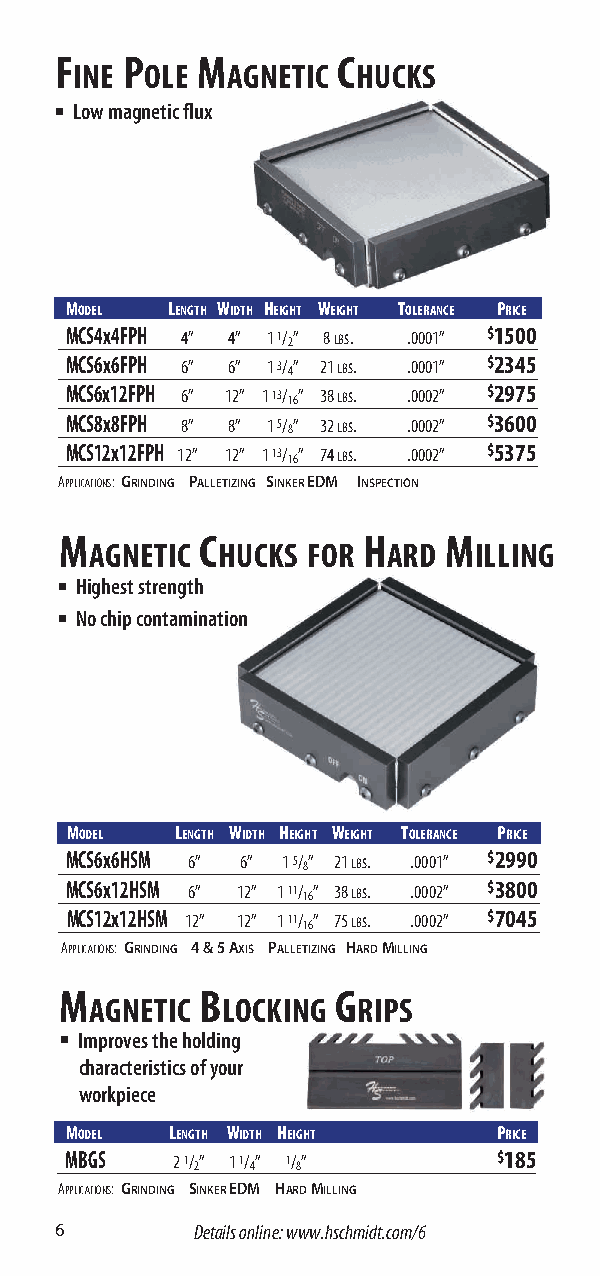
F   P    M        C
 INE  OLE  AGNETIC  HUCKS
 ■ Low magnetic flux
 MODEL  LENGTH WIDTH HEIGHT WEIGHT TOLERANCE PRICE
 MCS4x4FPH 4” 4” 1 1/ 2” 8 lbs. .0001” $1500
 MCS6x6FPH 6” 6” 1 3/ 4” 21 lbs. .0001” $2345
 MCS6x12FPH 6” 12” 1 13/ 16” 38 lbs. .0002” $2975
 MCS8x8FPH 8” 8” 1 5/ 8” 32 lbs. .0002” $3600
 MCS12x12FPH 12” 12” 1 13/ 16” 74 lbs. .0002” $5375
 APPLICATIONS: GRINDING PALLETIZING SINKER EDM INSPECTION
 M        C          H    M
 AGNETIC HUCKS FOR   ARD  ILLING
 ■ Highest strength
 ■ No chip contamination
 MODEL   LENGTH WIDTH HEIGHT WEIGHT TOLERANCE PRICE
 MCS6x6HSM 6” 6” 1 5/ 8” 21 lbs. .0001” $2990
 MCS6x12HSM 6” 12” 1 11/ 16” 38 lbs. .0002” $3800
 MCS12x12HSM 12” 12” 1 11/ 16” 75 lbs. .0002” $7045
 APPLICATIONS: GRINDING 4 & 5 AXIS PALLETIZING HARD MILLING
 M        B        G
 AGNETIC  LOCKING  RIPS
 ■ Improves the holding
 characteristics of your
 workpiece
 MODEL  LENGTH WIDTH HEIGHT   PRICE
 MBGS   2 1/ 2” 1 1/ 4” 1/ 8” $185
 APPLICATIONS: GRINDING SINKER EDM HARD MILLING
 6        Details online: www.hschmidt.com/6